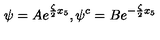
\psi = A e ^ { \frac { \zeta } { 2 } x _ { 5 } } , \psi ^ { c } = B e ^ { - \frac { \zeta } { 2 } x _ { 5 } }